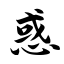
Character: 惑